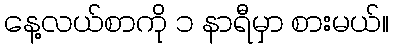
နေ့လယ်စာကို ၁ နာရီမှာ စားမယ်။